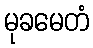
မုခမေတံ